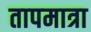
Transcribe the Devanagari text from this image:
तापमात्रा